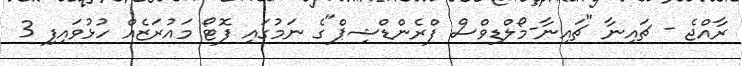
ރާއްޖެ - ޗައިނާ "ޗައިނާ-މޯލްޑިވްސް ފްރެންޑްޝިޕް"ގެ ނަމުގައި ފޮޓޯ މައުރަޒެއްް ހުޅުވައިފި 3